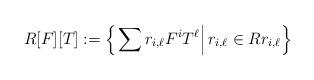
LaTeX: \begin{align*}R[F][T]:=\left\{ \left. \sum r_{i,\ell}F^{i}T^{\ell}\right\vert r_{i,\ell}\in Rr_{i,\ell}\right\}\end{align*}